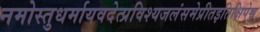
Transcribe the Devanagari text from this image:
नमोस्तुधर्मायवदेत्प्रविश्यजलंसमेप्रीतइतिक्षिपेच्च